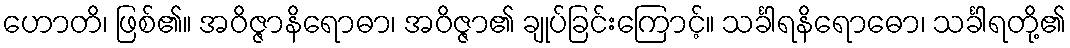
ဟောတိ၊ ဖြစ်၏။ အဝိဇ္ဇာနိရောဓာ၊ အဝိဇ္ဇာ၏ ချုပ်ခြင်းကြောင့်။ သင်္ခါရနိရောဓော၊ သင်္ခါရတို့၏